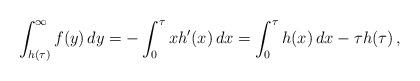
LaTeX: \begin{align*} \int_{h(\tau)}^\infty f(y)\, dy = -\int_0^\tau x h'(x)\, dx = \int_0^\tau h(x)\, dx -\tau h(\tau)\, , \end{align*}